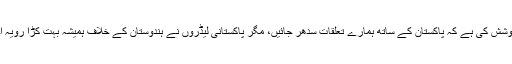
بھارتی وزیر دفاع مسٹر سورن سنگھ نے کہا کہ ہم نے اپنی طرف سے ہمیشہ یہ کوشش کی ہے کہ پاکستان کے ساتھ ہمارے تعلقات سدھر جائیں، مگر پاکستانی لیڈروں نے ہندوستان کے خلاف ہمیشہ بہت کڑا رویہ اختیار کیے رکھا اور ہندوستان کی طرف سے خیر سگالی کے جذبات کو ٹھکرا دیا۔